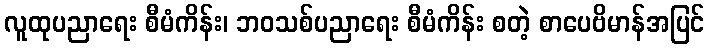
လူထုပညာရေး စီမံကိန်း၊ ဘဝသစ်ပညာရေး စီမံကိန်း စတဲ့ စာပေဗိမာန်အပြင်